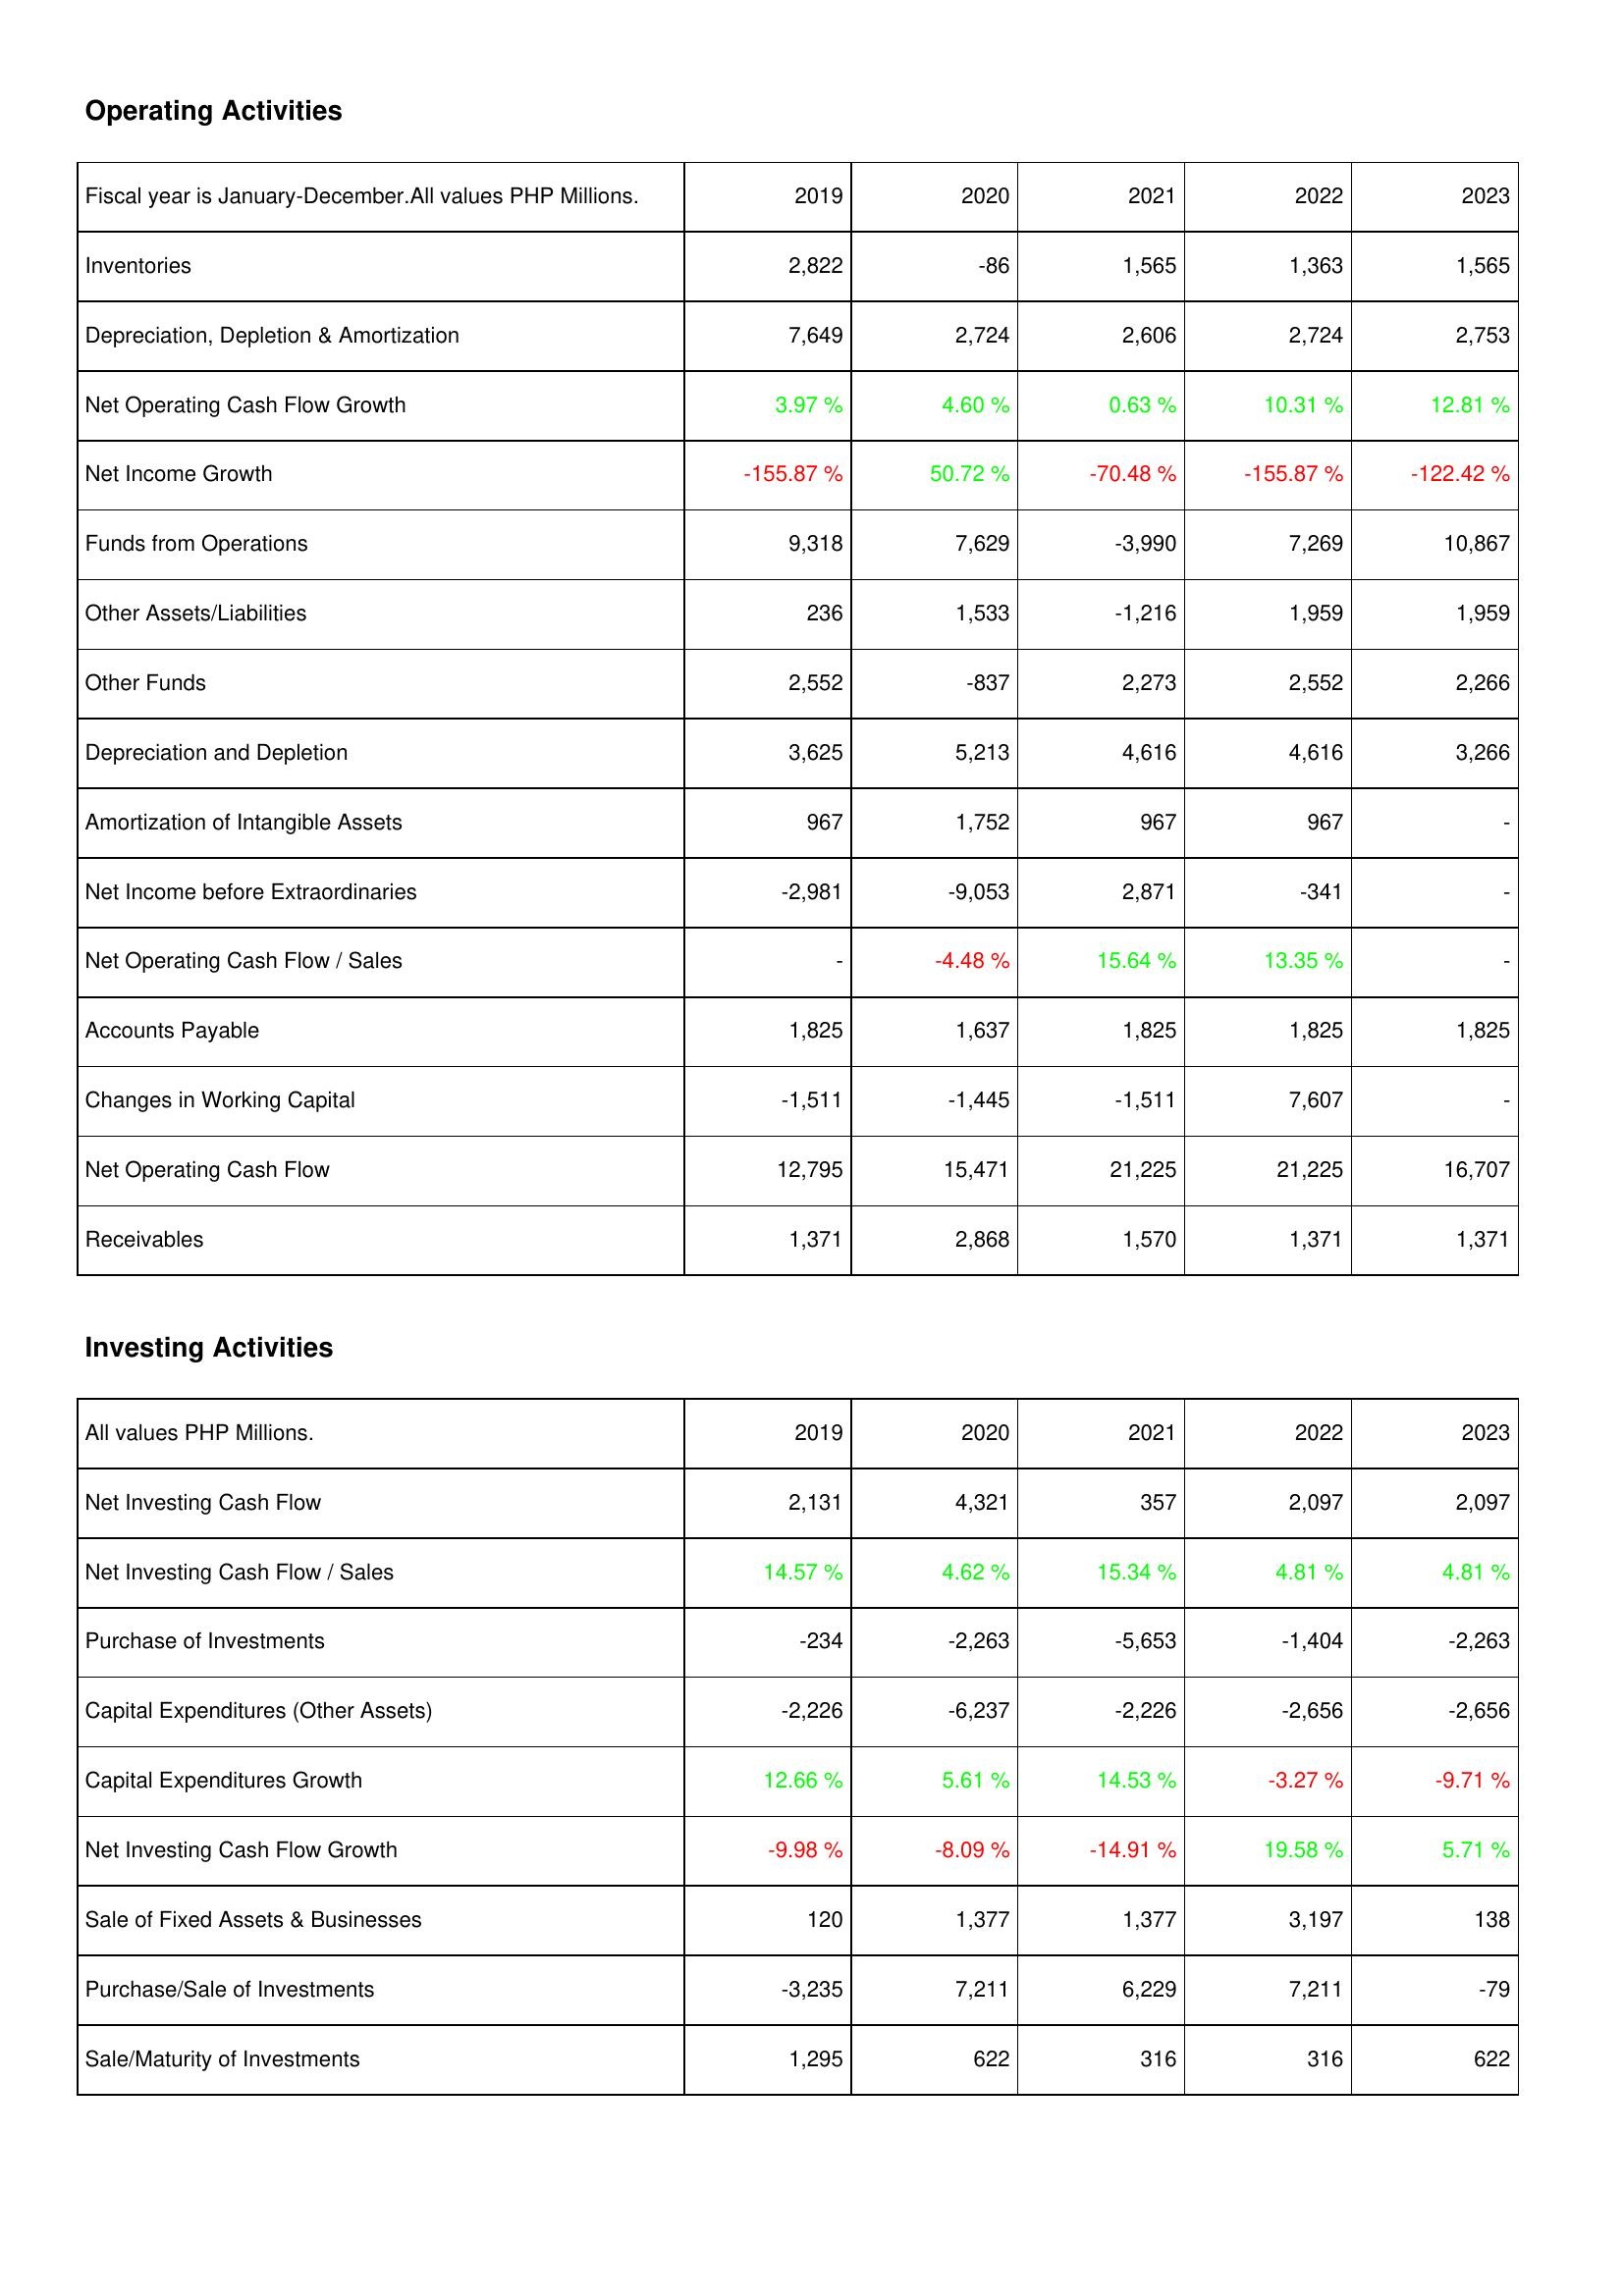
2019: Operating Activities: Inventories: 2,822
Depreciation, Depletion & Amortization: 7,649
Net Operating Cash Flow Growth: 3.97 %
Net Income Growth: -155.87 %
Funds from Operations: 9,318
Other Assets/Liabilities: 236
Other Funds: 2,552
Depreciation and Depletion: 3,625
Amortization of Intangible Assets: 967
Net Income before Extraordinaries: -2,981
Net Operating Cash Flow / Sales: -
Accounts Payable: 1,825
Changes in Working Capital: -1,511
Net Operating Cash Flow: 12,795
Receivables: 1,371
Investing Activities: Net Investing Cash Flow: 2,131
Net Investing Cash Flow / Sales: 14.57 %
Purchase of Investments: -234
Capital Expenditures (Other Assets): -2,226
Capital Expenditures Growth: 12.66 %
Net Investing Cash Flow Growth: -9.98 %
Sale of Fixed Assets & Businesses: 120
Purchase/Sale of Investments: -3,235
Sale/Maturity of Investments: 1,295
2020: Operating Activities: Inventories: -86
Depreciation, Depletion & Amortization: 2,724
Net Operating Cash Flow Growth: 4.60 %
Net Income Growth: 50.72 %
Funds from Operations: 7,629
Other Assets/Liabilities: 1,533
Other Funds: -837
Depreciation and Depletion: 5,213
Amortization of Intangible Assets: 1,752
Net Income before Extraordinaries: -9,053
Net Operating Cash Flow / Sales: -4.48 %
Accounts Payable: 1,637
Changes in Working Capital: -1,445
Net Operating Cash Flow: 15,471
Receivables: 2,868
Investing Activities: Net Investing Cash Flow: 4,321
Net Investing Cash Flow / Sales: 4.62 %
Purchase of Investments: -2,263
Capital Expenditures (Other Assets): -6,237
Capital Expenditures Growth: 5.61 %
Net Investing Cash Flow Growth: -8.09 %
Sale of Fixed Assets & Businesses: 1,377
Purchase/Sale of Investments: 7,211
Sale/Maturity of Investments: 622
2021: Operating Activities: Inventories: 1,565
Depreciation, Depletion & Amortization: 2,606
Net Operating Cash Flow Growth: 0.63 %
Net Income Growth: -70.48 %
Funds from Operations: -3,990
Other Assets/Liabilities: -1,216
Other Funds: 2,273
Depreciation and Depletion: 4,616
Amortization of Intangible Assets: 967
Net Income before Extraordinaries: 2,871
Net Operating Cash Flow / Sales: 15.64 %
Accounts Payable: 1,825
Changes in Working Capital: -1,511
Net Operating Cash Flow: 21,225
Receivables: 1,570
Investing Activities: Net Investing Cash Flow: 357
Net Investing Cash Flow / Sales: 15.34 %
Purchase of Investments: -5,653
Capital Expenditures (Other Assets): -2,226
Capital Expenditures Growth: 14.53 %
Net Investing Cash Flow Growth: -14.91 %
Sale of Fixed Assets & Businesses: 1,377
Purchase/Sale of Investments: 6,229
Sale/Maturity of Investments: 316
2022: Operating Activities: Inventories: 1,363
Depreciation, Depletion & Amortization: 2,724
Net Operating Cash Flow Growth: 10.31 %
Net Income Growth: -155.87 %
Funds from Operations: 7,269
Other Assets/Liabilities: 1,959
Other Funds: 2,552
Depreciation and Depletion: 4,616
Amortization of Intangible Assets: 967
Net Income before Extraordinaries: -341
Net Operating Cash Flow / Sales: 13.35 %
Accounts Payable: 1,825
Changes in Working Capital: 7,607
Net Operating Cash Flow: 21,225
Receivables: 1,371
Investing Activities: Net Investing Cash Flow: 2,097
Net Investing Cash Flow / Sales: 4.81 %
Purchase of Investments: -1,404
Capital Expenditures (Other Assets): -2,656
Capital Expenditures Growth: -3.27 %
Net Investing Cash Flow Growth: 19.58 %
Sale of Fixed Assets & Businesses: 3,197
Purchase/Sale of Investments: 7,211
Sale/Maturity of Investments: 316
2023: Operating Activities: Inventories: 1,565
Depreciation, Depletion & Amortization: 2,753
Net Operating Cash Flow Growth: 12.81 %
Net Income Growth: -122.42 %
Funds from Operations: 10,867
Other Assets/Liabilities: 1,959
Other Funds: 2,266
Depreciation and Depletion: 3,266
Amortization of Intangible Assets: -
Net Income before Extraordinaries: -
Net Operating Cash Flow / Sales: -
Accounts Payable: 1,825
Changes in Working Capital: -
Net Operating Cash Flow: 16,707
Receivables: 1,371
Investing Activities: Net Investing Cash Flow: 2,097
Net Investing Cash Flow / Sales: 4.81 %
Purchase of Investments: -2,263
Capital Expenditures (Other Assets): -2,656
Capital Expenditures Growth: -9.71 %
Net Investing Cash Flow Growth: 5.71 %
Sale of Fixed Assets & Businesses: 138
Purchase/Sale of Investments: -79
Sale/Maturity of Investments: 622